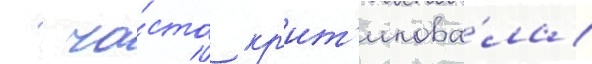
  ча́сто кр'ит'икова́ла